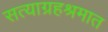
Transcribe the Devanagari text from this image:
सत्याग्रहश्रमात